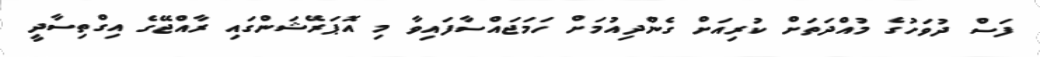
ފަސް ދުވަހުގެ މުއްދަތަށް ކުރިއަށް ގެންދިއުމަށް ހަމަޖައްސާފައިވާ މި އޮޕަރޭޝަންގައި ރާއްޖޭގެ އިގްތިސާދީ